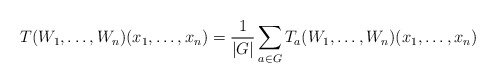
\begin{align*} T(W_1,\dots,W_n)(x_1,\dots,x_n)=\frac{1}{|G|}\sum_{a\in G}T_a(W_1,\dots,W_n)(x_1,\dots,x_n)\end{align*}